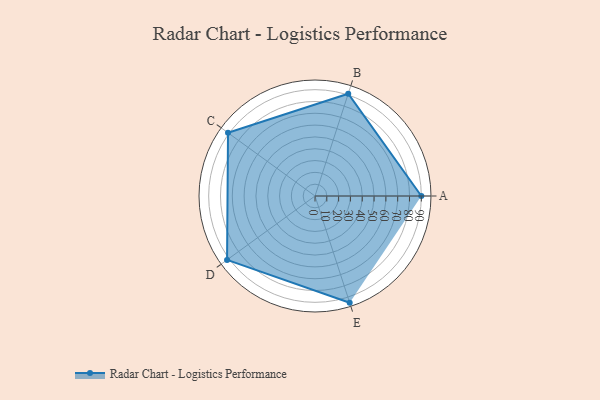
{"axis": {"x": "Skill", "y": "Score"}, "legend": ["Profile"], "data": [{"x": "A", "y": 90.0, "type": "Profile"}, {"x": "B", "y": 91.0, "type": "Profile"}, {"x": "C", "y": 91.0, "type": "Profile"}, {"x": "D", "y": 92.0, "type": "Profile"}, {"x": "E", "y": 95.0, "type": "Profile"}]}